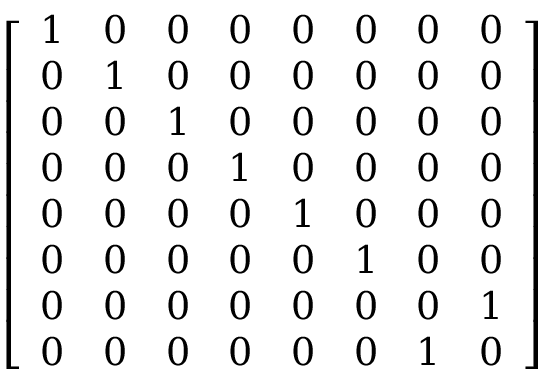
{ \left[ \begin{array} { l l l l l l l l } { 1 } & { 0 } & { 0 } & { 0 } & { 0 } & { 0 } & { 0 } & { 0 } \\ { 0 } & { 1 } & { 0 } & { 0 } & { 0 } & { 0 } & { 0 } & { 0 } \\ { 0 } & { 0 } & { 1 } & { 0 } & { 0 } & { 0 } & { 0 } & { 0 } \\ { 0 } & { 0 } & { 0 } & { 1 } & { 0 } & { 0 } & { 0 } & { 0 } \\ { 0 } & { 0 } & { 0 } & { 0 } & { 1 } & { 0 } & { 0 } & { 0 } \\ { 0 } & { 0 } & { 0 } & { 0 } & { 0 } & { 1 } & { 0 } & { 0 } \\ { 0 } & { 0 } & { 0 } & { 0 } & { 0 } & { 0 } & { 0 } & { 1 } \\ { 0 } & { 0 } & { 0 } & { 0 } & { 0 } & { 0 } & { 1 } & { 0 } \end{array} \right] }